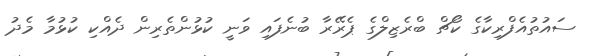
ސައުތުއެފްރިކާގެ ކޯޗް ބްރެޒިލްގެ ޕެރޭރާ ބުނެފައި ވަނީ ކުޅުންތެރިން ދެއްކި ކުޅުމާ މެދު